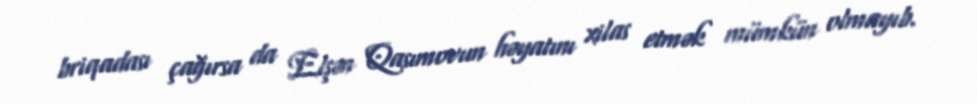
briqadası çağırsa da Elşən Qasımovun həyatını xilas etmək mümkün olmayıb.